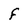
Character: f